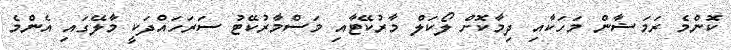
ކޮންމެ ރަަމަޟާން މަހަކާއި ދިމާކޮށް ލޯކަލް މާރުކޭޓާއި މަސްމާރުކޭޓު ސަރަހައްދަކީ މާލޭގައި އެންމެ